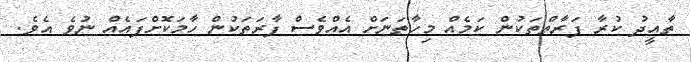
ތާއީދު ކުރާ ފަރާތްތަކުން ކަމެއް މިހާތަނަށް އެއްވެސް ފާރަތަކުން ހާމަކޮށްފައެއް ނުވެ އެވެ.